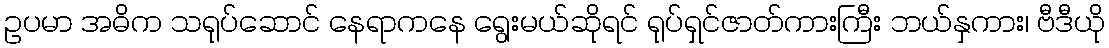
ဥပမာ အဓိက သရုပ်ဆောင် နေရာကနေ ရွေးမယ်ဆိုရင် ရုပ်ရှင်ဇာတ်ကားကြီး ဘယ်နှကား၊ ဗီဒီယို